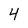
Character: 4